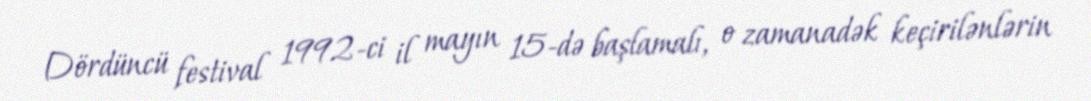
Dördüncü festival 1992-ci il mayın 15-də başlamalı, o zamanadək keçirilənlərin